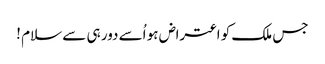
جس ملک کو اعتراض ہو اُسے دور ہی سے سلام !